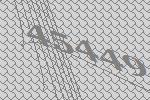
45449